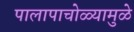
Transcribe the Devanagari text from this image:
पालापाचोळ्यामुळे